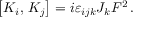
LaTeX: \left[ { \cal K } _ { i } , \, { \cal K } _ { j } \right] = i \varepsilon _ { i j k } J _ { k } F ^ { 2 } \, .